Civil Veterinary Dept. Assam report 1927-50 - 1927-1950
Year: 1927
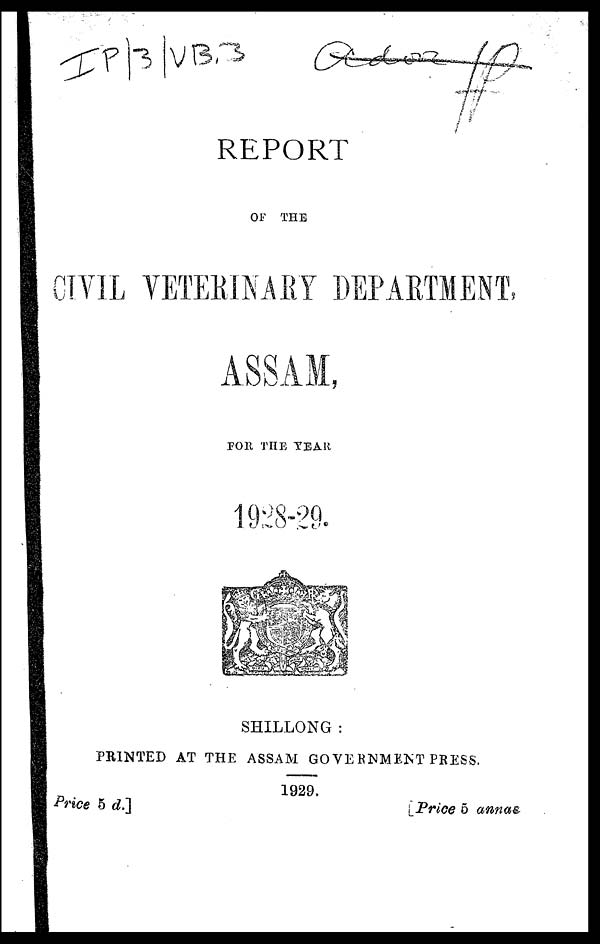
REPORT
OF THE
CIVIL VETERINARY DEPARTMENT:
ASSAM,
FOR THE YEAR
1928-29.
SHILLONG :
PRINTED AT THE ASSAM GOVERNMENT PRESS.
1929,
Price 5
d.]
[Price 5 annas.